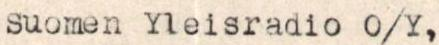
Suomen Yleisradio O/Y,